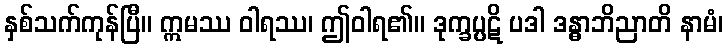
နှစ်သက်ကုန်ပြီ။ ဣမဿ ဝါရဿ၊ ဤဝါရ၏။ ဒုက္ခပ္ပဋိ ပဒါ ဒန္ဓာဘိညာတိ နာမံ၊